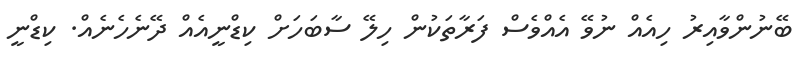
ބޭނުންވާއިރު ހިއެއް ނުވޭ އެއްވެސް ފަރާތަކުން ހިލޭ ސާބަހަށް ކިޑްނީއެއް ދޭނެހެނެއް. ކިޑްނީ